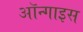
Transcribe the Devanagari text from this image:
ऑन्गाइस